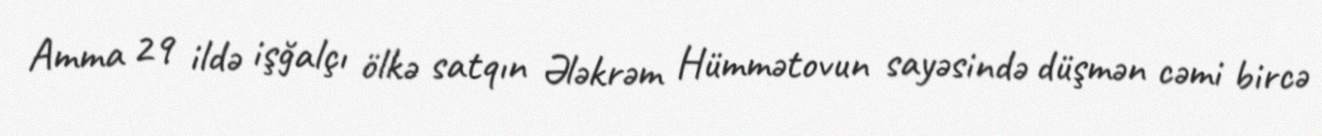
Amma 29 ildə işğalçı ölkə satqın Ələkrəm Hümmətovun sayəsində düşmən cəmi bircə